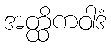
အတ္ထိကဝါဒံ